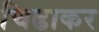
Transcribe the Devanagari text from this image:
चिढाकर